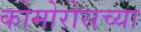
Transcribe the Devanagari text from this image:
कोमोरोसच्या